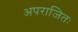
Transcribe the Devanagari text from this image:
अपराजितः